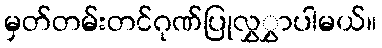
မှတ်တမ်းတင်ဂုဏ်ပြုလွှွှာပါမယ်။